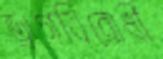
ড্রাগবিরোধী